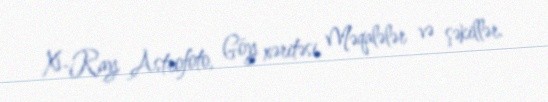
X-Ray, Astrofoto, Göy xəritəsi, Məqalələr və şəkillər.